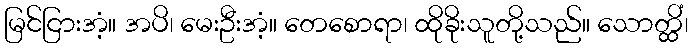
မြင်ငြားအံ့။ အပိ၊ မေးဦးအံ့။ တေစောရာ၊ ထိုခိုးသူတို့သည်။ သောတ္ထိံ၊